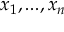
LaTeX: x _ { 1 } , . . . , x _ { n }